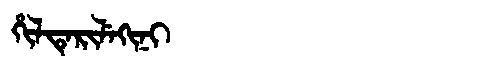
Manchu: ᡥᡳᠯᡨᡝᡵᡳᠯᡝᡴᡳᠨᡳ
Romanization: HILTERILEKINI